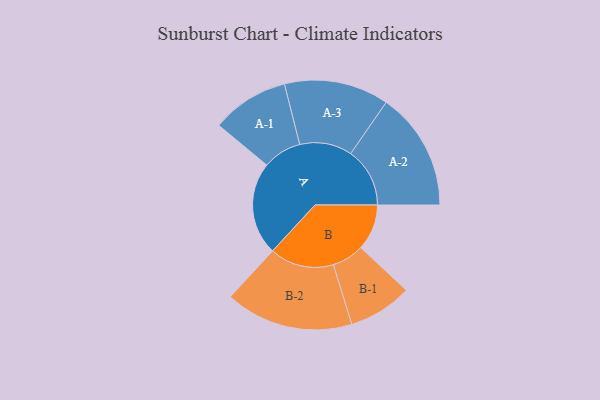
{"axis": {"x": "Segment", "y": "Value"}, "legend": ["", "A", "B"], "data": [{"x": "A", "y": 396, "type": ""}, {"x": "B", "y": 196, "type": ""}, {"x": "A-1", "y": 165, "type": "A"}, {"x": "A-2", "y": 252, "type": "A"}, {"x": "A-3", "y": 223, "type": "A"}, {"x": "B-1", "y": 136, "type": "B"}, {"x": "B-2", "y": 273, "type": "B"}]}